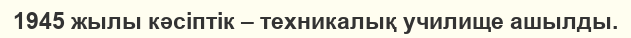
1945 жылы кәсіптік – техникалық училище ашылды.